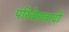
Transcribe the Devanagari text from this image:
परिवेशवादी